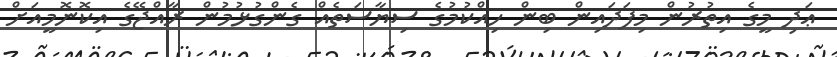
ޢަދި މީގެ އިތުރުން މިފަދައިން ބިން ހިއްކުމުގެ ސިޔާސަތެއް ގެންގުޅުމުން ރާއްޖޭގެ އިކޮނޮމީއަށް